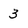
Character: 3